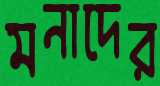
মনাদের